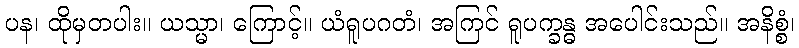
ပန၊ ထိုမှတပါး။ ယသ္မာ၊ ကြောင့်။ ယံရူပဂတံ၊ အကြင် ရူပက္ခန္ဓ အပေါင်းသည်။ အနိစ္စံ၊